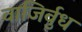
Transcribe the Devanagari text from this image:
वाजिर्वुध